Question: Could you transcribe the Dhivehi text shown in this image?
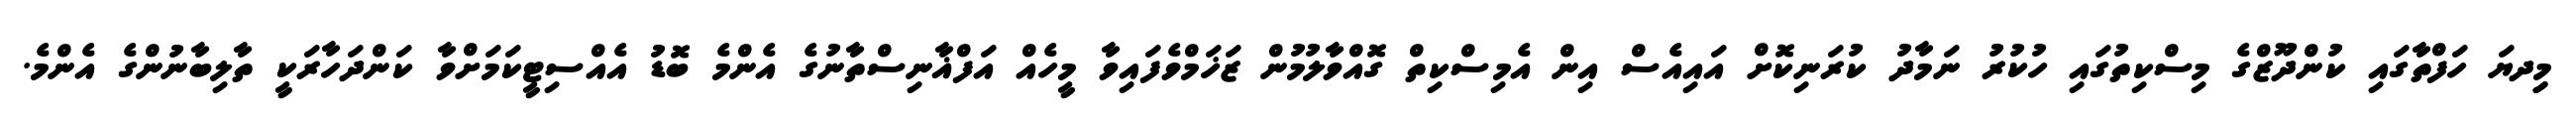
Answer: މިިދޔަ ހަފްތާގައި ކުންދޫޒްގެ މިސްކިތުގައި ހުކުރު ނަމާދު ކުރަނިކޮށް އައިއެސް އިން އެމިސްކިތް ގޮއްވާލުމުން ޒަޚަމްވެފައިވާ މީހެއް އަފްޣާނިސްތާނުގެ އެންމެ ބޮޑު އެއްސިޓީކަމަށްވާ ކަންދަހާރަކީ ތާލިބާނުންގެ އެންމެ.